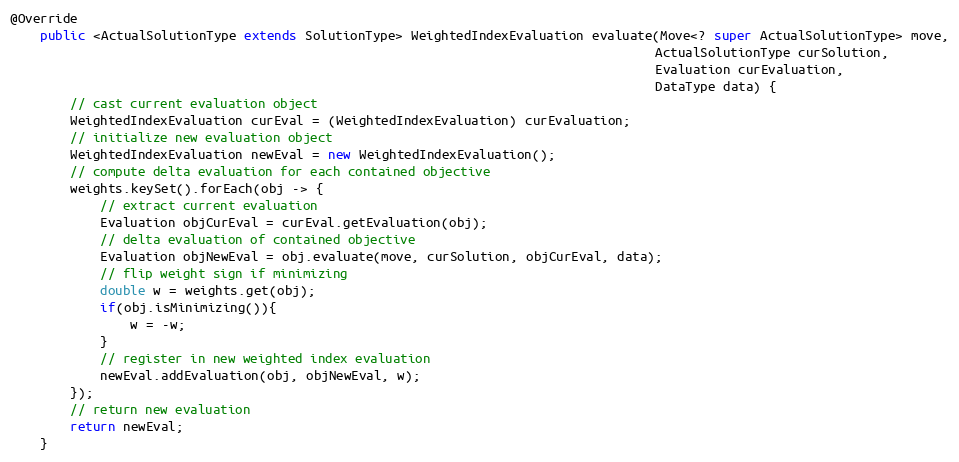
Language: Java
@Override
    public <ActualSolutionType extends SolutionType> WeightedIndexEvaluation evaluate(Move<? super ActualSolutionType> move,
                                                                                      ActualSolutionType curSolution,
                                                                                      Evaluation curEvaluation,
                                                                                      DataType data) {
        // cast current evaluation object
        WeightedIndexEvaluation curEval = (WeightedIndexEvaluation) curEvaluation;
        // initialize new evaluation object
        WeightedIndexEvaluation newEval = new WeightedIndexEvaluation();
        // compute delta evaluation for each contained objective
        weights.keySet().forEach(obj -> {
            // extract current evaluation
            Evaluation objCurEval = curEval.getEvaluation(obj);
            // delta evaluation of contained objective
            Evaluation objNewEval = obj.evaluate(move, curSolution, objCurEval, data);
            // flip weight sign if minimizing
            double w = weights.get(obj);
            if(obj.isMinimizing()){
                w = -w;
            }
            // register in new weighted index evaluation
            newEval.addEvaluation(obj, objNewEval, w);
        });
        // return new evaluation
        return newEval;
    }